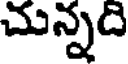
చున్నది